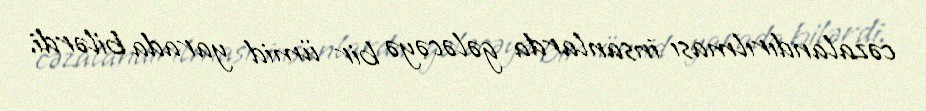
cəzalandırılması insanlarda gələcəyə bir ümid yarada bilərdi.